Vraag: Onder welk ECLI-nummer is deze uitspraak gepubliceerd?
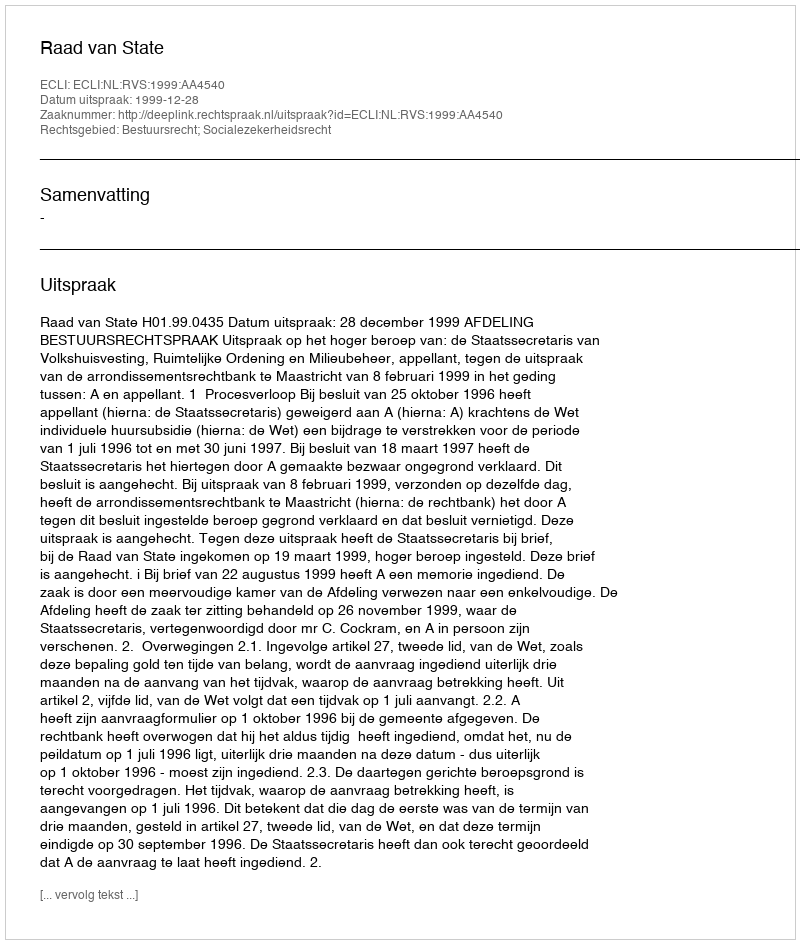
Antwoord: ECLI:NL:RVS:1999:AA4540